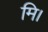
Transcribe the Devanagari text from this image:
मि।